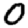
Digit: 0